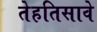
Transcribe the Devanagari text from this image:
तेहतिसावे